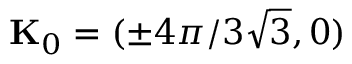
\mathbf { K } _ { 0 } = ( \pm 4 \pi / 3 \sqrt { 3 } , 0 )